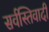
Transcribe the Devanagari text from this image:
सर्वस्तिवादी